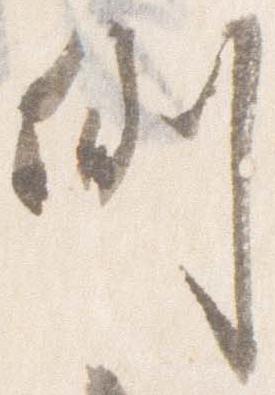
例